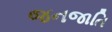
જનજાતિ